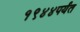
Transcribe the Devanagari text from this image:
१९४४पर्यंत